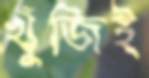
খুঁজিই